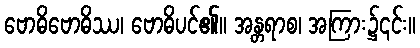
ဗောဓိဗောဓိဿ၊ ဗောဓိပင်၏။ အန္တရာစ၊ အကြား၌၎င်း။